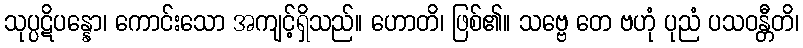
သုပ္ပဋိပန္နော၊ ကောင်းသော အကျင့်ရှိသည်။ ဟောတိ၊ ဖြစ်၏။ သဗ္ဗေ တေ ဗဟုံ ပုညံ ပသဝန္တီတိ၊